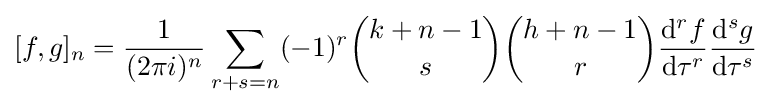
[f,g]_{n}={\frac {1}{(2\pi i)^{n}}}\sum _{r+s=n}(-1)^{r}{\binom {k+n-1}{s}}{\binom {h+n-1}{r}}{\frac {\mathrm {d} ^{r}f}{\mathrm {d} \tau ^{r}}}{\frac {\mathrm {d} ^{s}g}{\mathrm {d} \tau ^{s}}}\